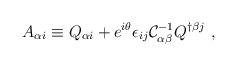
LaTeX: \begin{align*}A_{\alpha i}\equiv Q_{\alpha i}+e^{i\theta}\epsilon_{ij}{\cal C}^{-1}_{\alpha\beta}Q^{\dagger \beta j}\ ,\end{align*}